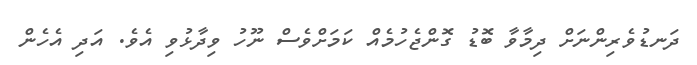
ދަނޑުވެރިންނަށް ދިމާވާ ބޮޑު ގޮންޖެހުމެއް ކަމަށްވެސް ނޫހު ވިދާޅުވި އެވެ. އަދި އެހެން